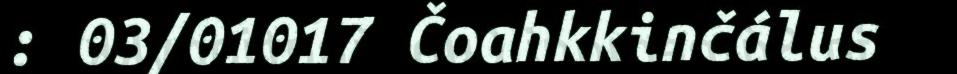
: 03/01017 Čoahkkinčálus